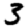
Digit: 3